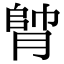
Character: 𦝭